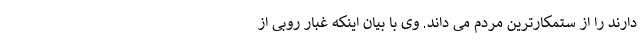
دارند را از ستمکارترین مردم می داند. وی با بیان اینکه غبار روبی از